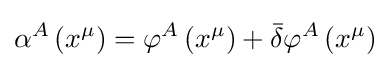
\alpha ^{A}\left(x^{\mu }\right)=\varphi ^{A}\left(x^{\mu }\right)+{\bar {\delta }}\varphi ^{A}\left(x^{\mu }\right)